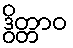
ဒွိတ္တာဝ